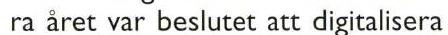
 ra året var beslutet att digitalisera